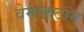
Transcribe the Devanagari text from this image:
वेमाकटांग